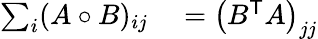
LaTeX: \begin{array}{rl}{\sum_{i}(A\circ B)_{ij}}&{{}=\left(B^{\mathsf{T}}A\right)_{jj}}\end{array}